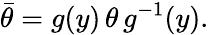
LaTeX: \bar{\theta}=g(y)\, \theta\, g^{-1}(y).